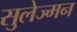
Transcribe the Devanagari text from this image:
सुलेज्मन